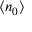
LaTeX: \langle n _ { 0 } \rangle